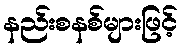
နည်းစနစ်များဖြင့်